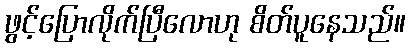
ဖွင့်ပြောလိုက်ပြီလောဟု စိတ်ပူနေသည်။